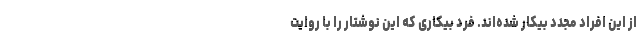
از این افراد مجدد بیکار شده‌اند. فرد بیکاری که این نوشتار را با روایت